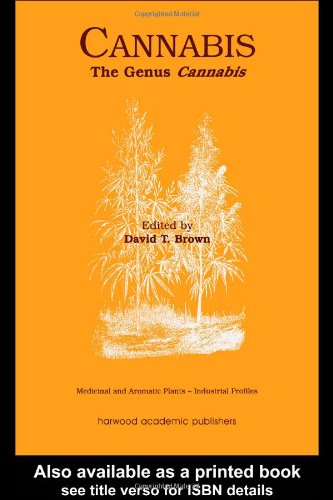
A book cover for Cannabis: The Genus Cannabis (Medicinal and Aromatic Plants - Industrial Profiles); Medical Books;